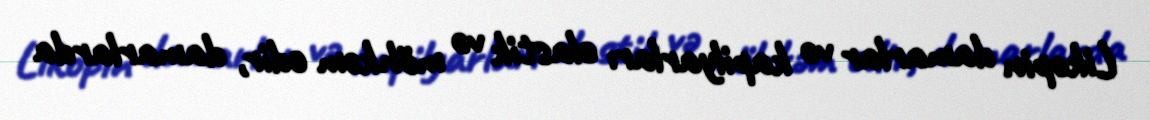
Likopin damarlar və kapilyarları elastik və möhkəm edir, damarlarda